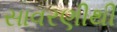
સાવરણીથી